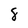
Character: 8